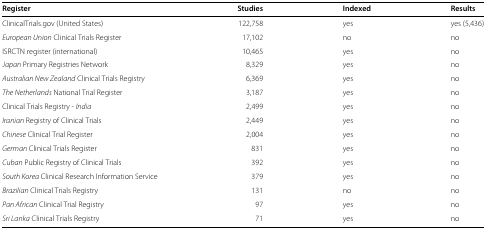
<table><thead><tr><td><b>Register</b></td><td><b>Studies</b></td><td><b>Indexed</b></td><td><b>Results</b></td></tr></thead><tbody><tr><td>ClinicalTrials.gov (United States)</td><td>122,758</td><td>yes</td><td>yes (5,436)</td></tr><tr><td><i>European Union</i> Clinical Trials Register</td><td>17,102</td><td>no</td><td>no</td></tr><tr><td>ISRCTN register (international)</td><td>10,465</td><td>yes</td><td>no</td></tr><tr><td><i>Japan</i> Primary Registries Network</td><td>8,329</td><td>yes</td><td>no</td></tr><tr><td><i>Australian New Zealand</i> Clinical Trials Registry</td><td>6,369</td><td>yes</td><td>no</td></tr><tr><td><i>The Netherlands</i> National Trial Register</td><td>3,187</td><td>yes</td><td>no</td></tr><tr><td>Clinical Trials Registry - <i>India</i></td><td>2,499</td><td>yes</td><td>no</td></tr><tr><td><i>Iranian</i> Registry of Clinical Trials</td><td>2,449</td><td>yes</td><td>no</td></tr><tr><td><i>Chinese</i> Clinical Trial Register</td><td>2,004</td><td>yes</td><td>no</td></tr><tr><td><i>German</i> Clinical Trials Register</td><td>831</td><td>yes</td><td>no</td></tr><tr><td><i>Cuban</i> Public Registry of Clinical Trials</td><td>392</td><td>yes</td><td>no</td></tr><tr><td><i>South Korea</i> Clinical Research Information Service</td><td>379</td><td>yes</td><td>no</td></tr><tr><td><i>Brazilian</i> Clinical Trials Registry</td><td>131</td><td>no</td><td>no</td></tr><tr><td><i>Pan African</i> Clinical Trial Registry</td><td>97</td><td>yes</td><td>no</td></tr><tr><td><i>Sri Lanka</i> Clinical Trials Registry</td><td>71</td><td>yes</td><td>no</td></tr></tbody></table>